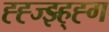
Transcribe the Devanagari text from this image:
ह्ह्ज्झ्ह्ह्ग